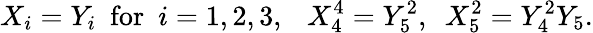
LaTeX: X_{i}=Y_{i}\ \ \mathrm{for}\ \ i=1,2,3,\ \ \ X_{4}^{4}=Y_{5}^{2},\ \ X_{5}^{2}=Y_{4}^{2}Y_{5}.